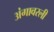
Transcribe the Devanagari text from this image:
अंगावरली